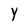
Character: Y